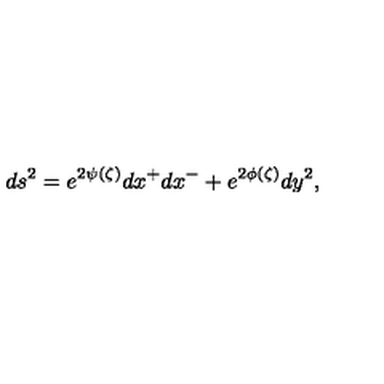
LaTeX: d s ^ { 2 } = e ^ { 2 \psi ( \zeta ) } d x ^ { + } d x ^ { - } + e ^ { 2 \phi ( \zeta ) } d y ^ { 2 } ,